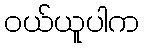
ဝယ်ယူပါက